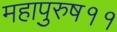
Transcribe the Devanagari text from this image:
महापुरुष११